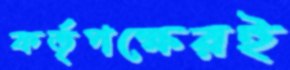
কর্তৃপক্ষেরই